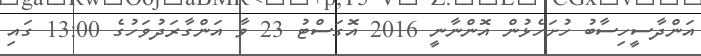
އަންދާސީހިސާބު ހުށަހެޅުން އޮންނާނީ 2016 އޮގަސްޓު 23 ވާ އަންގާރަދުވަހުގެ 13:00 ގައި